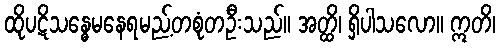
ထိုပဋိသန္ဓေမနေရမည့်တစုံတဦးသည်။ အတ္ထိ၊ ရှိပါသလော။ ဣတိ၊